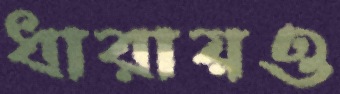
ধারায়ও